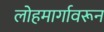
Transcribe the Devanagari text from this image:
लोहमार्गावरून